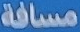
مسافة